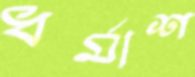
ধর্মাশ